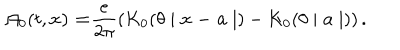
\mathcal { A } _ { 0 } ( t , \mathbf { x ) = } \frac { e } { 2 \pi } \left( K _ { 0 } ( \theta \mid \mathbf { x - a } \mid ) - K _ { 0 } ( \theta \mid \mathbf { a } \mid ) \right) .